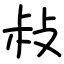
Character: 敊